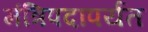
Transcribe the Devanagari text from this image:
मंत्रिपदापर्यंत